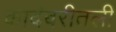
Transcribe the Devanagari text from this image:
कादंबरीतली